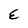
Character: E